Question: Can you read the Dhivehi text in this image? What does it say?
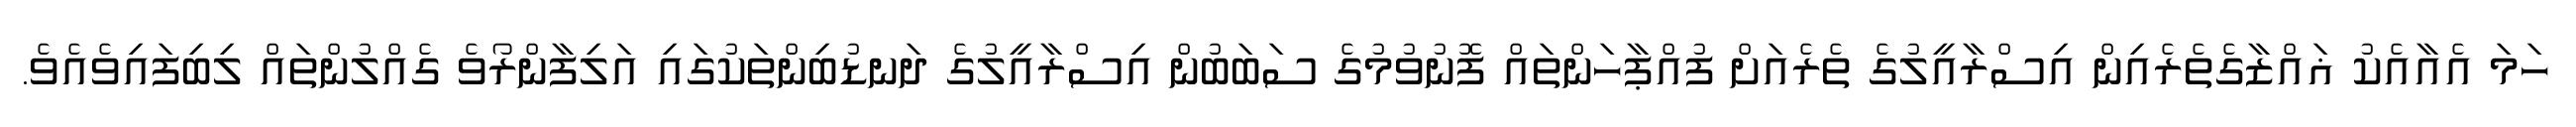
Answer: ހަމަ އެއާއެކު ޣައްޒާގެތެރެއިން އިސްރާއީލުގެ ތެރެއަށް ފުއްޕާހަންތައް ފޮނުވުމުގެ ސަބަބުން އިސްރާއީލުގެ ދަނޑުބިންތަކުގައި އަލިފާންރޯވެ ގެއްލުންތައް ލިބިފައިވެއެވެ.